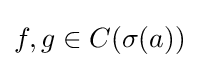
f,g\in C(\sigma (a))